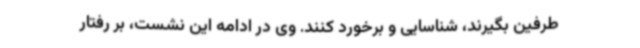
طرفین بگیرند، شناسایی و برخورد کنند. وی در ادامه این نشست، بر رفتار